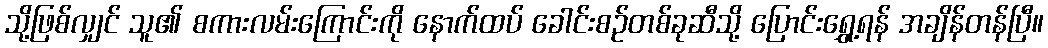
သို့ဖြစ်လျှင် သူ၏ စကားလမ်းကြောင်းကို နောက်ထပ် ခေါင်းစဉ်တစ်ခုဆီသို့ ပြောင်းရွှေ့ရန် အချိန်တန်ပြီ။